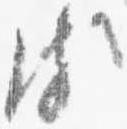
頗